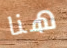
هنا